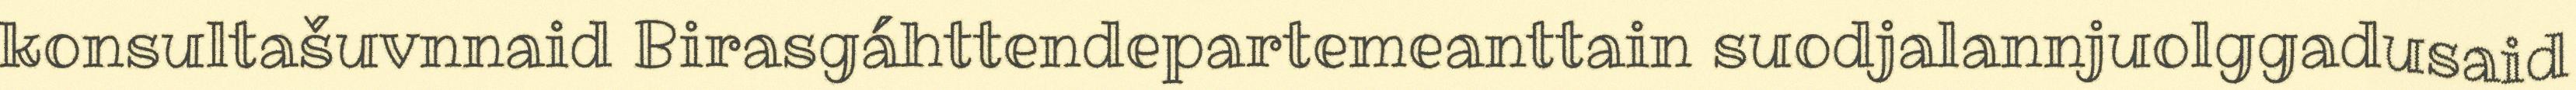
konsultašuvnnaid Birasgáhttendepartemeanttain suodjalannjuolggadusaid